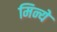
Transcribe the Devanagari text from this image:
मिन्ये